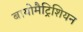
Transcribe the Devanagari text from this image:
बायोमैट्रिशियन